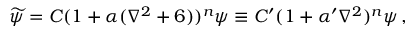
\widetilde { \psi } = C ( 1 + \alpha ( \nabla ^ { 2 } + 6 ) ) ^ { n } \psi \equiv C ^ { \prime } ( 1 + \alpha ^ { \prime } \nabla ^ { 2 } ) ^ { n } \psi \, ,